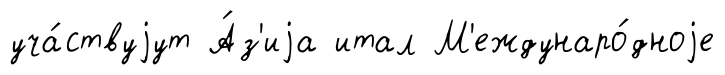
уча́ствуjут А́з'иjа итал М'еждунаро́дноjе